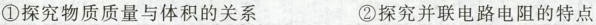
①探究物质质量与体积的关系 ②探究并联电路电阻的特点